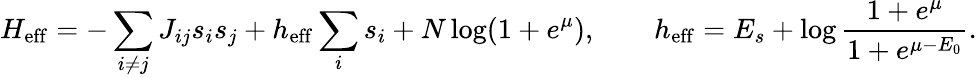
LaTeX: H_{\mathrm{eff}}=-\sum_{i\neq j}J_{ij}s_{i}s_{j}+h_{\mathrm{eff}}\sum_{i}s_{i}+N\log(1+e^{\mu}),\quad\quad h_{\mathrm{eff}}=E_{s}+\log\frac{1+e^{\mu}}{1+e^{\mu-E_{0}}}.